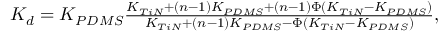
\begin{array} { r } { K _ { d } = K _ { P D M S } \frac { K _ { T i N } + ( n - 1 ) K _ { P D M S } + ( n - 1 ) \Phi \left( K _ { T i N } - K _ { P D M S } \right) } { K _ { T i N } + ( n - 1 ) K _ { P D M S } - \Phi \left( K _ { T i N } - K _ { P D M S } \right) } , } \end{array}